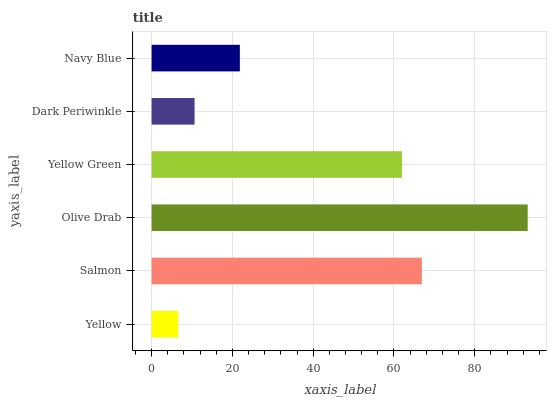
| yaxis_label | bars |
 | --- | --- |
 | Yellow | 6.62 |
 | Salmon | 66.9 |
 | Olive Drab | 93.1 |
 | Yellow Green | 62 |
 | Dark Periwinkle | 10.6 |
 | Navy Blue | 21.8 |